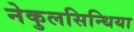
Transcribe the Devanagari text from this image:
नेकुलसिन्धिया